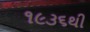
૧૯૩૬થી